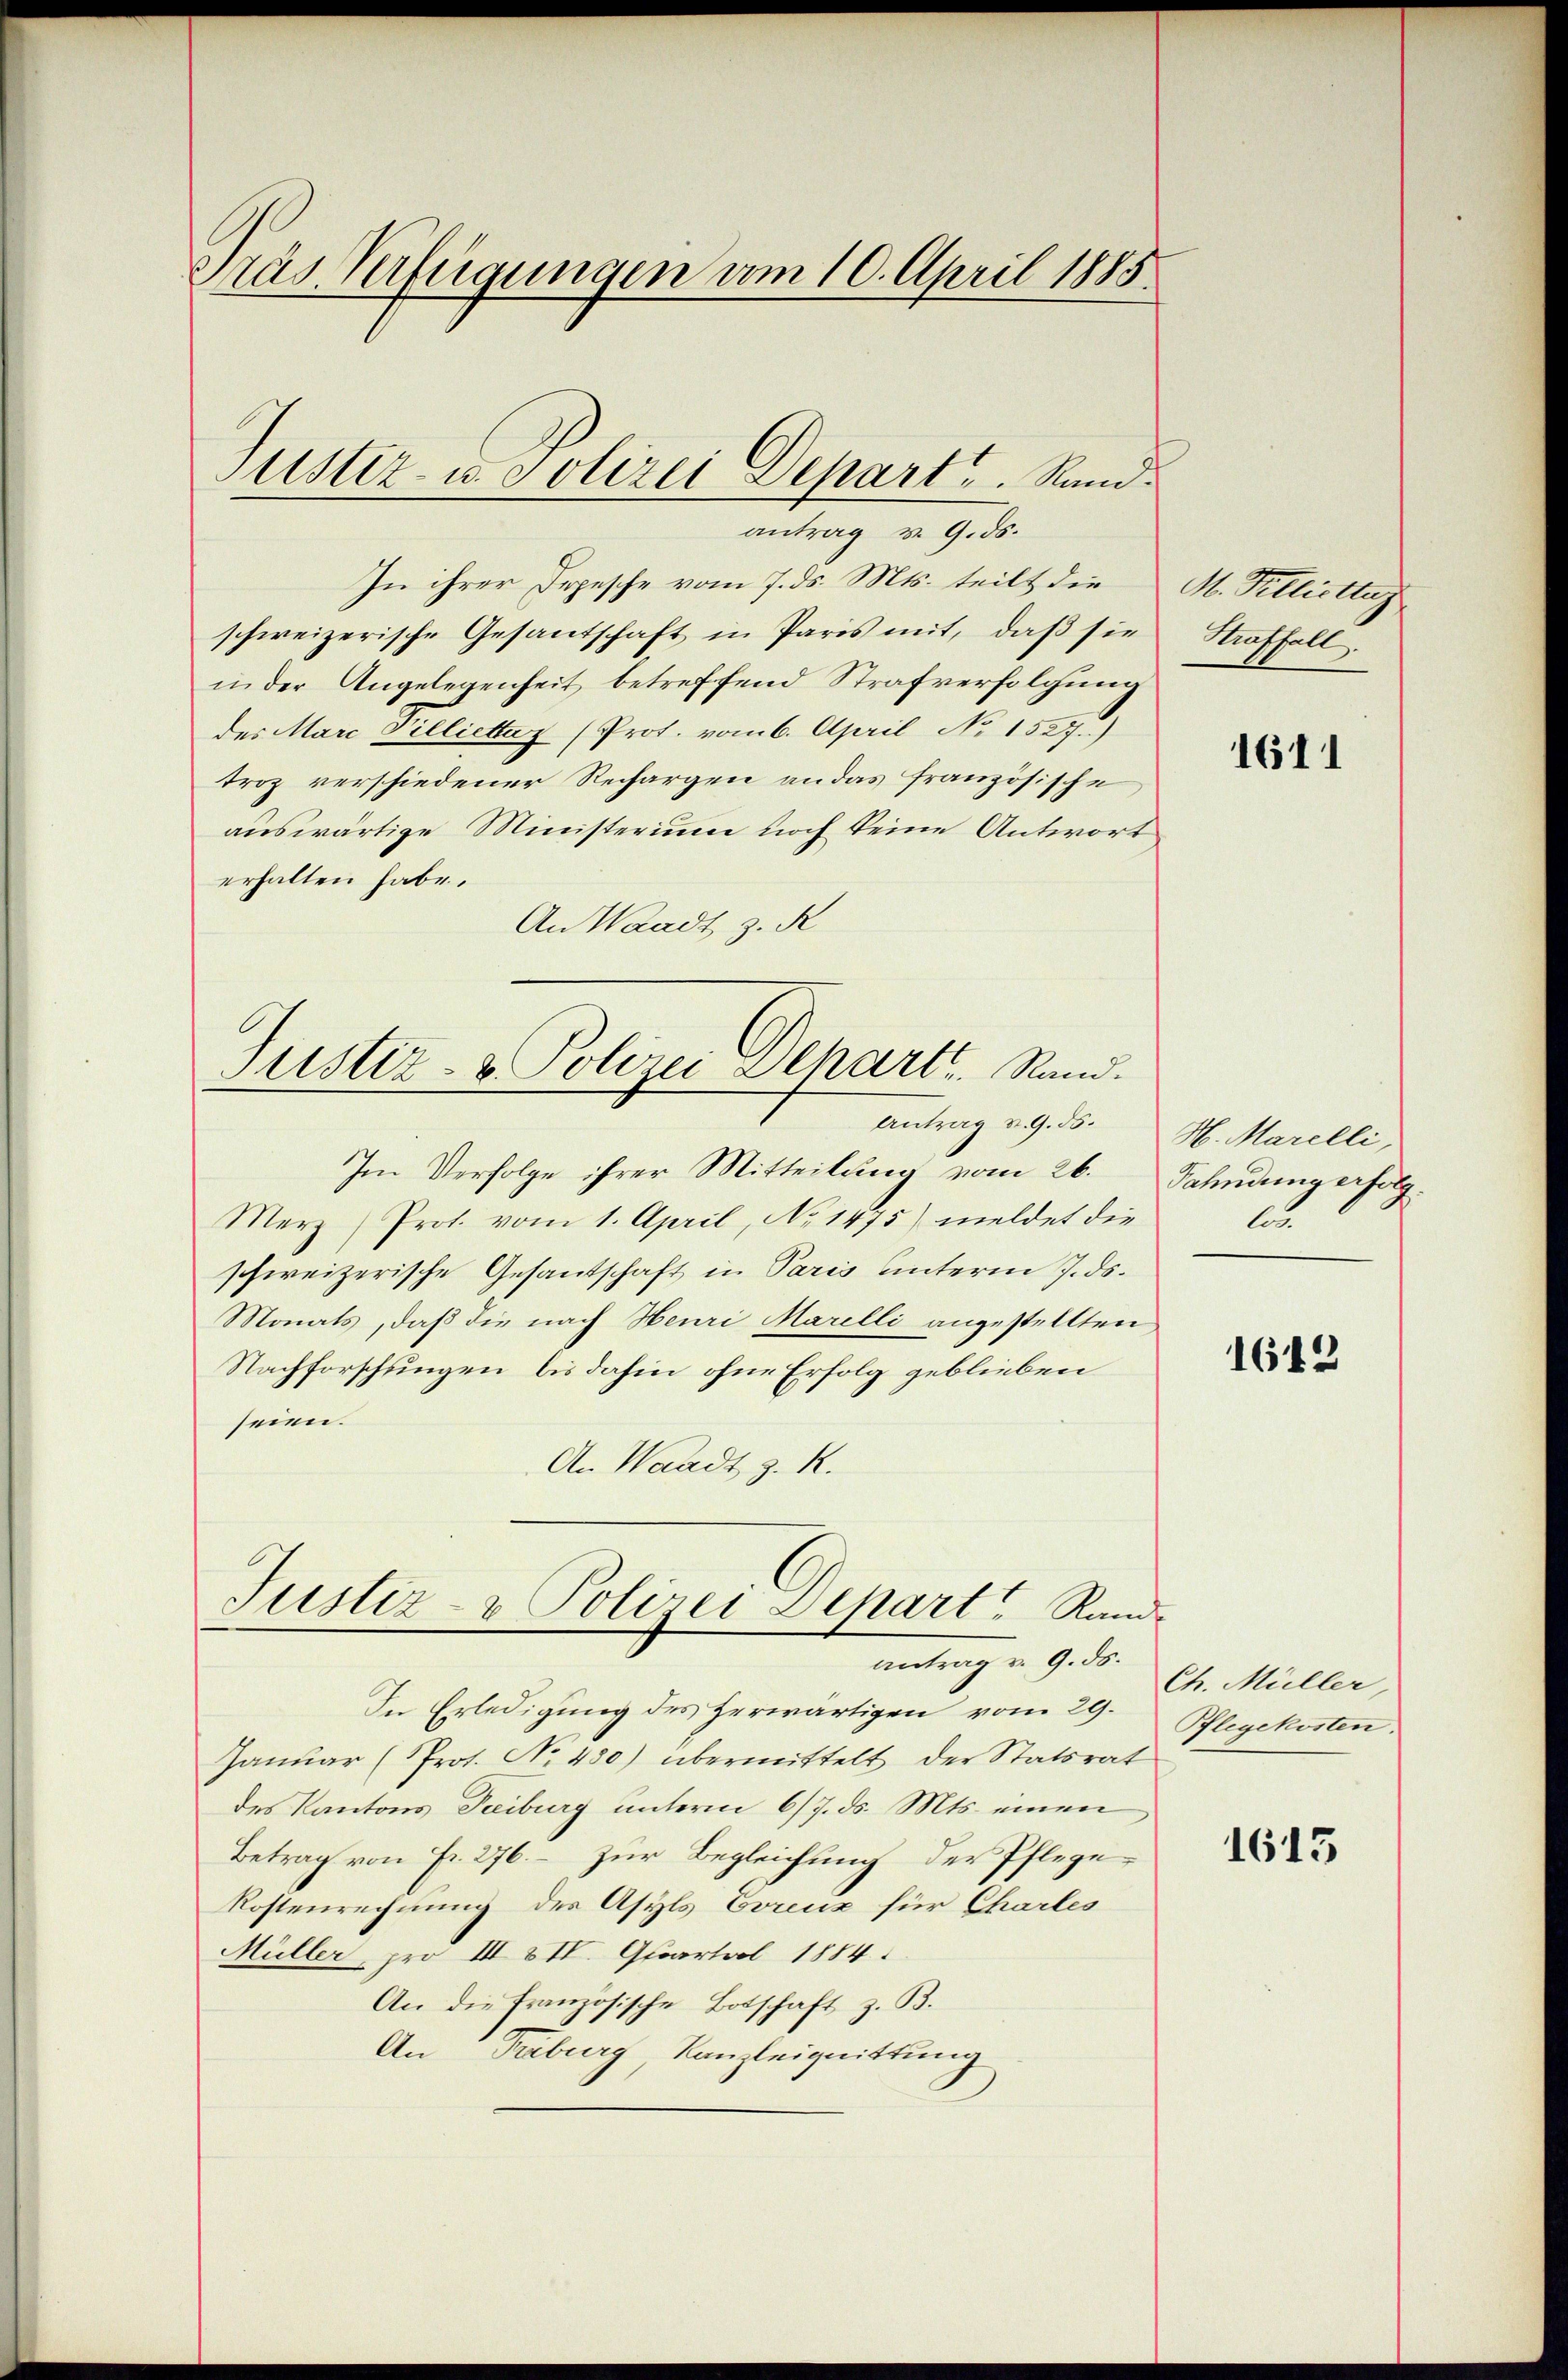
Präs. Verfügungen vom 10. April 1885

In ihrer Depesche vom 7. ds. Mts. teilt die M. Pelliette
schweizerische Gesantschaft in Paris mit, daß sie
in der Angelegenheit betreffend Strafverfolgung
des Marc Preliettaz (Prof. vom 6. April No 1527)
troz verschiedener Rechargen an das französische
auswärtige Ministerium noch keine Antwort
erhalten habe.
An Waadt z. R

Justiz- u. Polizei Depart. Rand.
antrag v. 9. ds.

Justiz- & Polizei Depart.   Rand.
Antrag v. 9. ds.

Im Verfolge ihrer Mitteilung vom 26. Fahndung erfolg¬
Merz, Prot. vom 1. April, No 1475) meldet die
schweizerische Gesantschaft in Paris unterm 7. ds.
Monats, daß die nach Heuri Marelli angestellten
Nachforschungen bis dahin, ohne Erfolg geblieben
seien.
An Waadt z. R.

Justiz- & Polizei Dehart Rand.
Antrag v. 9. ds.

In Erledigung des herwärtigen vom 29.
Januar (Prot. No 480) übermittelt der Statsrat
des Kantons Fribourg unterm 6/7. ds. Mts. einen
Betrag von Fr. 276. – zur Begleichung der Pflege
Kostenrechnung des Asyls Voreuz für Charles
Müller pro III & II. Ghaartal 1884.
An die Französische Botschaft z. B.
An Fribourg, Kanzleignittung

Straffall.

1611

H. Marelli,
Au

1612

Ch. Müller,
Pflegekosten.

1613